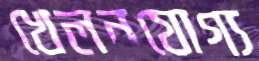
খেলনযোগ্য